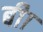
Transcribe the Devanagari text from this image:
बीा